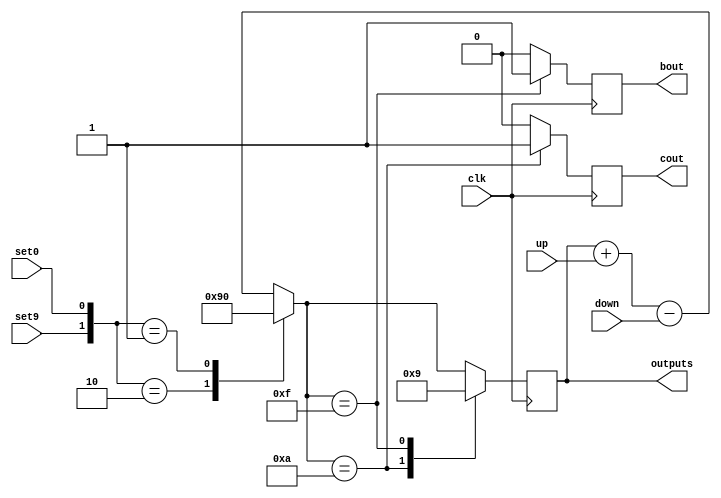
// This program was cloned from: https://github.com/tongplw/HW-Syn-Lab
// License: MIT License

`timescale 1ns / 1ns
//////////////////////////////////////////////////////////////////////////////////
// Company: 
// Engineer: 
// 
// Design Name: 
// Module Name: bcd
// Project Name: 
// Target Devices: 
// Tool Versions: 
// Description: 
// 
// Dependencies: 
// 
// Revision:
// Revision 0.01 - File Created
// Additional Comments:
// 
//////////////////////////////////////////////////////////////////////////////////


module bcd(
    output reg[3:0] outputs,
    output reg cout,
    output reg bout,
    input wire up, down, set9, set0, clk
    );
    
initial outputs = 0;


always@(posedge clk)
begin 
    cout = 0;
    bout = 0;
    outputs = outputs + up;
    outputs = outputs - down;
    
    case({set9, set0})
        2'b10: outputs = 9;
        2'b01: outputs = 0;
    endcase
    case(outputs)
        4'b1010: // A overflow
            begin
                outputs = 0;
                cout = 1;
            end 
        4'b1111: // F underflow
            begin
                outputs = 9; 
                bout = 1;
            end
    endcase
end

endmodule